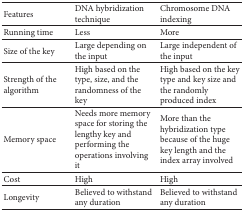
<table><thead><tr><td><b>Features</b></td><td><b>DNA hybridization technique</b></td><td><b>Chromosome DNA indexing</b></td></tr></thead><tbody><tr><td>Running time</td><td>Less</td><td>More</td></tr><tr><td>Size of the key</td><td>Large depending on the input</td><td>Large independent of the input</td></tr><tr><td>Strength of the algorithm</td><td>High based on the type, size, and the randomness of the key</td><td>High based on the key type and key size and the randomly produced index</td></tr><tr><td>Memory space</td><td>Needs more memory space for storing the lengthy key and performing the operations involving it</td><td>More than the hybridization type because of the huge key length and the index array involved</td></tr><tr><td>Cost</td><td>High</td><td>High</td></tr><tr><td>Longevity</td><td>Believed to withstand any duration</td><td>Believed to withstand any duration</td></tr></tbody></table>